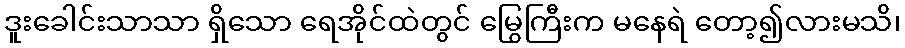
ဒူးခေါင်းသာသာ ရှိသော ရေအိုင်ထဲတွင် မြွေကြီးက မနေရဲ တော့၍လားမသိ၊